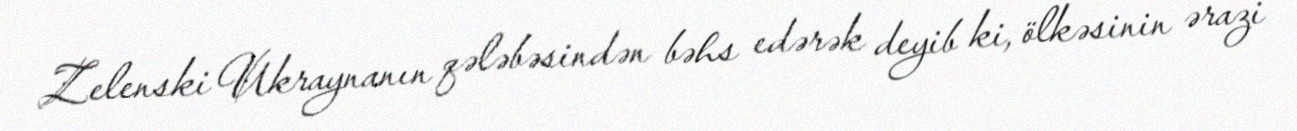
Zelenski Ukraynanın qələbəsindən bəhs edərək deyib ki, ölkəsinin ərazi